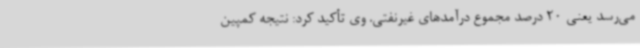
می‌رسد یعنی 20 درصد مجموع درآمدهای غیرنفتی. وی تأکید کرد: نتیجه کمپین